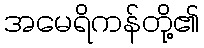
အမေရိကန်တို့၏